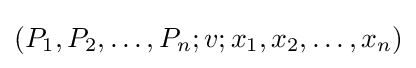
(P_{1},P_{2},\dots ,P_{n};v;x_{1},x_{2},\dots ,x_{n})